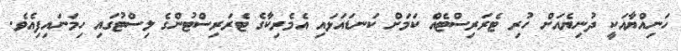
ހަނިއްޔާއަކީ ދުނިޔެއަށް ހުރި ޓެރަރިސްޓެއް ކަމަށް ކަނޑައަޅައި އެމެރިކާގެ ޓެރަރިސްޓުންގެ ލިސްޓުގައި ހިމަނައިފިއެވެ.